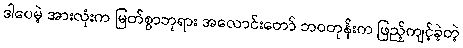
ဒါပေမဲ့ အားလုံးက မြတ်စွာဘုရား အလောင်းတော် ဘဝတုန်းက ဖြည့်ကျင့်ခဲ့တဲ့